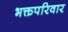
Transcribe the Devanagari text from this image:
भक्तपरिवार